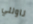
ناولني